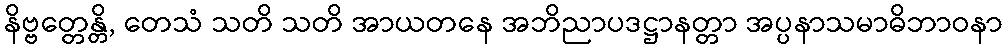
နိဗ္ဗတ္တေန္တိ, တေသံ သတိ သတိ အာယတနေ အဘိညာပဒဋ္ဌာနတ္တာ အပ္ပနာသမာဓိဘာဝနာ